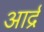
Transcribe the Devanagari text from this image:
आर्द्र